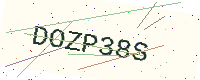
Text: DOZP38S